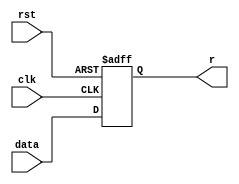
`timescale 1ns / 1ps

module register (r, rst, data, clk);
	output reg r;
	input rst,clk;
	input data;


    always @(posedge clk or negedge rst)
    begin
      if (rst==0)
	       begin
 	        r=0;
         end
      else
        begin
          r=data;
        end
    end
  
endmodule